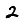
Digit: 2